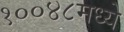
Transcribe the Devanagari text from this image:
१००४८मध्ये